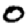
Digit: 0